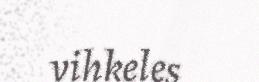
vihkeles